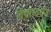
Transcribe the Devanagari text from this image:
विचारवर्धन